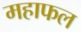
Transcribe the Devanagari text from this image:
महाफल